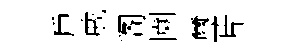
戶戚阁園璽片